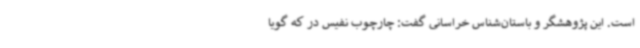
است. این پژوهشگر و باستان‌شناس خراسانی گفت: چارچوب نفیس در که گویا